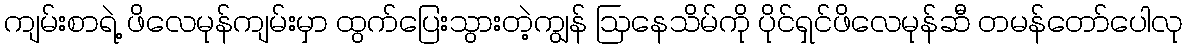
ကျမ်းစာရဲ့ ဖိလေမုန်ကျမ်းမှာ ထွက်ပြေးသွားတဲ့ကျွန် ဩနေသိမ်ကို ပိုင်ရှင်ဖိလေမုန်ဆီ တမန်တော်ပေါလု